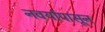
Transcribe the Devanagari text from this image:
नवर्यापासून